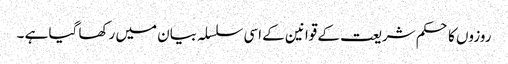
روزوں کا حکم شریعت کے قوانین کے اسی سلسلہ بیان میں رکھا گیا ہے ۔